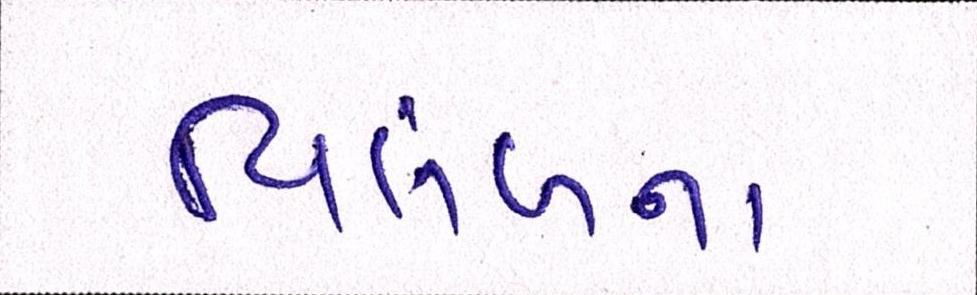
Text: વિલંબના